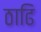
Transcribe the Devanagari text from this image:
ठाढि